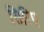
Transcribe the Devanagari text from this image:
सिरिए